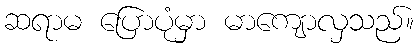
ဆရာမ ပြောပုံမှာ မာကျောလှသည်။